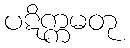
ပဋိက္ကမတု